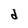
Character: d